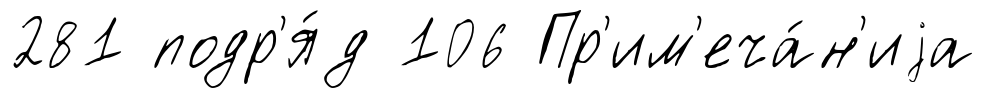
281 подр'я́д 106 Пр'им'еча́н'иjа